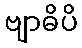
ဗျာဓိပိ